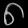
Digit: ၈